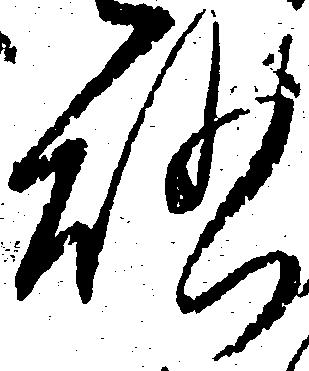
啓